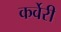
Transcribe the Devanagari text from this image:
कर्वेरी